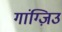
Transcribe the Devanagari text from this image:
गांग्ज़िउ